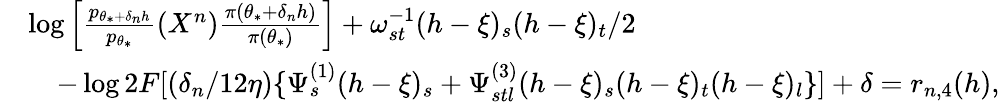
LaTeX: \begin{array}{rl}&{\log\Big[\frac{p_{\theta_{*}+\delta_{n}h}}{p_{\theta_{*}}}(X^{n})\frac{\pi(\theta_{*}+\delta_{n}h)}{\pi(\theta_{*})}\Big]+\omega_{st}^{-1}(h-\xi)_{s}(h-\xi)_{t}/2}\\ &{\quad-\log 2F[(\delta_{n}/12\eta)\{ \Psi_{s}^{(1)}(h-\xi)_{s}+\Psi_{stl}^{(3)}(h-\xi)_{s}(h-\xi)_{t}(h-\xi)_{l}\} ]+\delta=r_{n,4}(h),}\end{array}